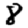
Digit: 8